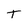
Character: T